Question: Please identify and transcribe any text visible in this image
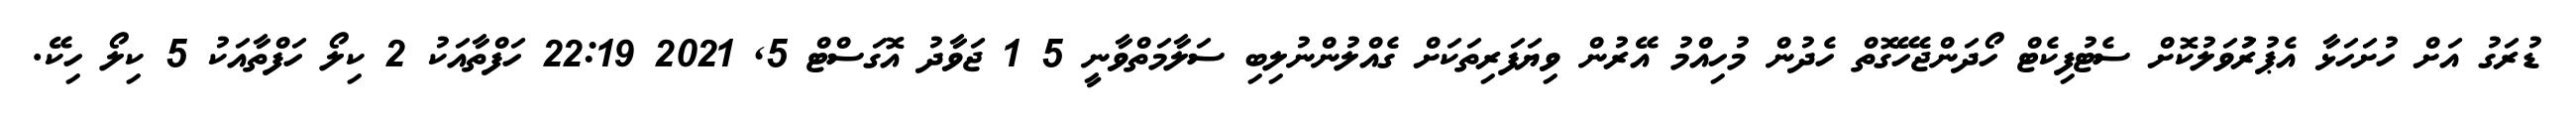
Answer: ޑުރަގު އަށް ހުށަހަޅާ އެޕުރަުވަލުކޮށް ސެޓުފިކެޓް ހޯދަންޖެހޭގޮތް ހެދުން މުހިއްމު އޭރުން ވިޔަފަރިތަކަށް ގެއްލުންނުލިބި ސަލާމަތްވާނީ 5 1 ޖަވާދު އޮގަސްޓް 5, 2021 22:19 ހަފްތާއަކު 2 ކިލޯ ހަފްތާއަކު 5 ކިލޯ ހިކޭ.